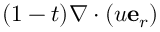
( 1 - t ) \nabla \cdot ( u \mathbf { e } _ { r } )